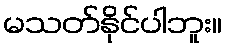
မသတ်နိုင်ပါဘူး။